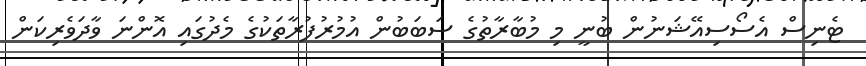
ޓެނިސް އެސޯސިއޭޝަނުން ބުނީ މި މުބާރާތުގެ ސަބަބުން އުމުރުފުރާތަކުގެ މެދުގައި އޮންނަ ވާދަވެރިކަން